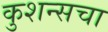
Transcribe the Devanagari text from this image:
कुशन्सचा